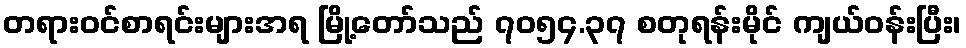
တရားဝင်စာရင်းများအရ မြို့တော်သည် ၇၀၅၄.၃၇ စတုရန်းမိုင် ကျယ်ဝန်းပြီး၊